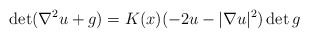
\begin{align*}\det (\nabla^2 u + g) = K (x) (-2 u - |\nabla u|^2) \det g\end{align*}